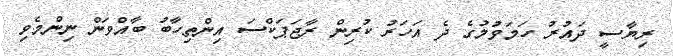
ރިޔާސީ ދައުރު ހަމަވުމުގެ ދެ އަހަރު ކުރިން ރާޖަޕަކްސަ އިންތިހާބު ބާއްވަން ނިންމެވި